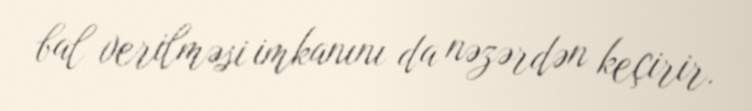
bal verilməsi imkanını da nəzərdən keçirir.